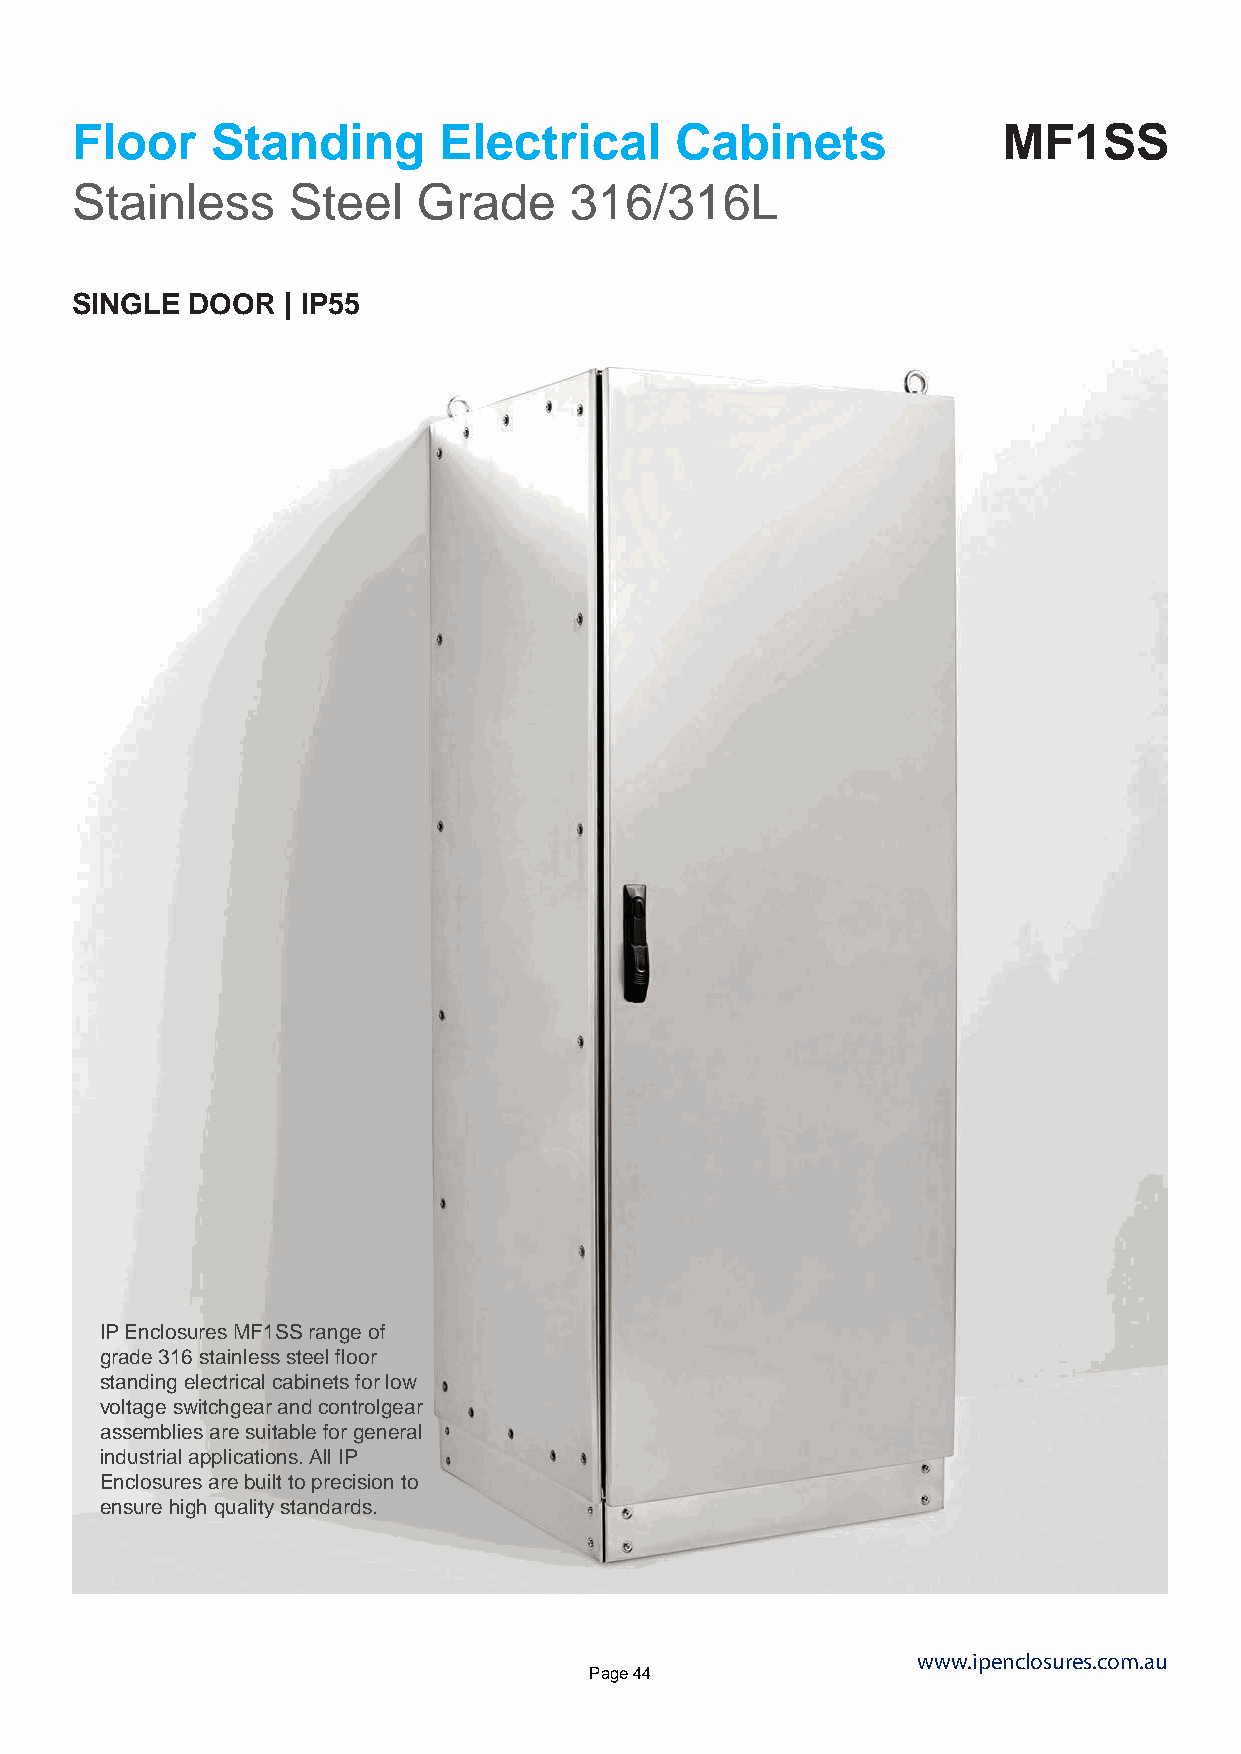
Floor    Standing       Electrical      Cabinets             MF1SS
 Stainless     Steel    Grade     316/316L
 SINGLE DOOR   | IP55
 IP Enclosures MF1SS range of
 grade 316 stainless steel floor
 standing electrical cabinets for low
 voltage switchgear and controlgear
 assemblies are suitable for general
 industrial applications. All IP
 Enclosures are built to precision to
 ensure high quality standards.
 www.ipenclosures.com.au
 Page 44